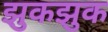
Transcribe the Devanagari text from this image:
झुकझुक